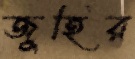
জুহির